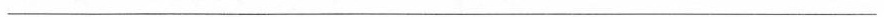
___